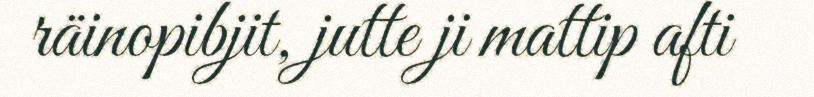
räinopibjit, jutte ji mattip afti